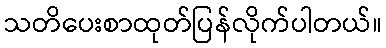
သတိပေးစာထုတ်ပြန်လိုက်ပါတယ်။